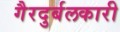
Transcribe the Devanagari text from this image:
गैरदुर्बलकारी